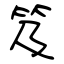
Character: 笈